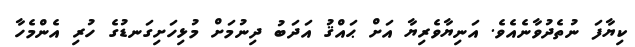
ކިޔާފަ ނުތެދުވާނެއެވެ. އަނިޔާވެރިޔާ އަށް ޙައްޤު އަދަބު ދިނުމަށް މުޅިހަށިގަނޑުގެ ހުރި އެންމެހާ